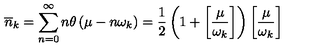
\overline { { n } } _ { k } = \sum _ { n = 0 } ^ { \infty } n \theta \left( \mu - n \omega _ { k } \right) = \frac { 1 } { 2 } \left( 1 + \left[ \frac { \mu } { \omega _ { k } } \right] \right) \left[ \frac { \mu } { \omega _ { k } } \right] \,